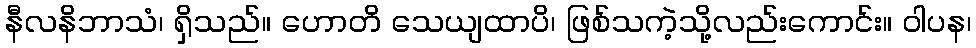
နီလနိဘာသံ၊ ရှိသည်။ ဟောတိ သေယျထာပိ၊ ဖြစ်သကဲ့သို့လည်းကောင်း။ ဝါပန၊